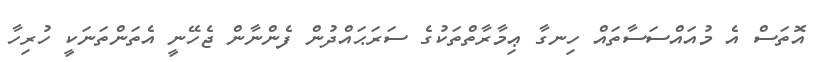
އޮތަސް އެ މުއައްސަސާތައް ހިނގާ ޢިމާރާތްތަކުގެ ސަރަޙައްދުން ފެންނާން ޖެހޭނީ އެތަންތަނަކީ ހުރިހާ